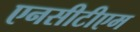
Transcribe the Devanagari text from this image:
एनसीटीएम